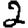
Digit: 2